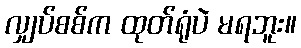
လျှပ်စစ်က ထုတ်ရုံပဲ မရဘူး။